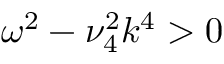
\omega ^ { 2 } - \nu _ { 4 } ^ { 2 } k ^ { 4 } > 0